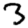
Digit: 3